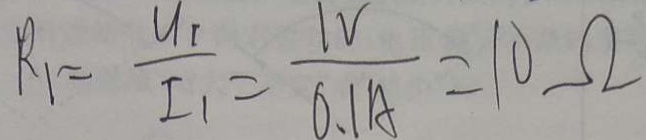
R _ { 1 } = \frac { U _ { 1 } } { I _ { 1 } } = \frac { 1 V } { 0 . 1 A } = 1 0 \Omega